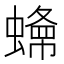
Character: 𧐲